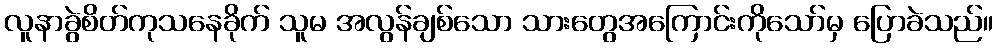
လူနာခွဲစိတ်ကုသနေခိုက် သူမ အလွန်ချစ်သော သားတွေအကြောင်းကိုသော်မှ ပြောခဲသည်။